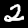
Label: 2